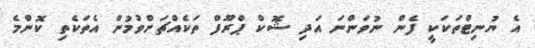
އެ ޔުނިޓްތަކަކީ ފެން ނުވަންނަ އަދި ޝޮކް ޕްރޫފް ތަކެއްޗަށްވުމުން އެތަކެތި ކޮންމެ